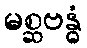
မစ္ဆဗန္ဓံ